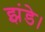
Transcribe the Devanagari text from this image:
झंडे।